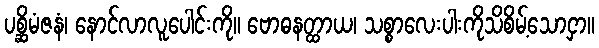
ပစ္ဆိမံဇနံ၊ နောင်လာလူပေါင်းကို။ ဗောဓနတ္ထာယ၊ သစ္စာလေးပါးကိုသိစိမ့်သောငှာ။